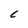
Character: C